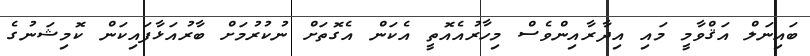
ބައިނަލް އަޤްވާމީ މައި އިދާރާއިންވެސް މިހާރުއެއޮތީ އެކަން އެގޮތަށް ނުކުރުމަށް ބާރުއަޅާފައިކަން ކޮމިޝަނުގެ